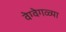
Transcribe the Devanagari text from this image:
वेग्वेगळ्या